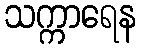
သက္ကာရေန